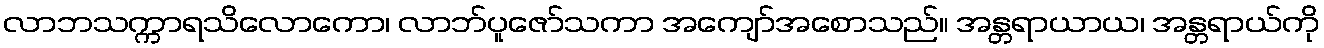
လာဘသက္ကာရသိလောကော၊ လာဘ်ပူဇော်သကာ အကျော်အစောသည်။ အန္တရာယာယ၊ အန္တရာယ်ကို